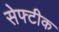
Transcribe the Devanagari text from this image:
सेफ्टीक